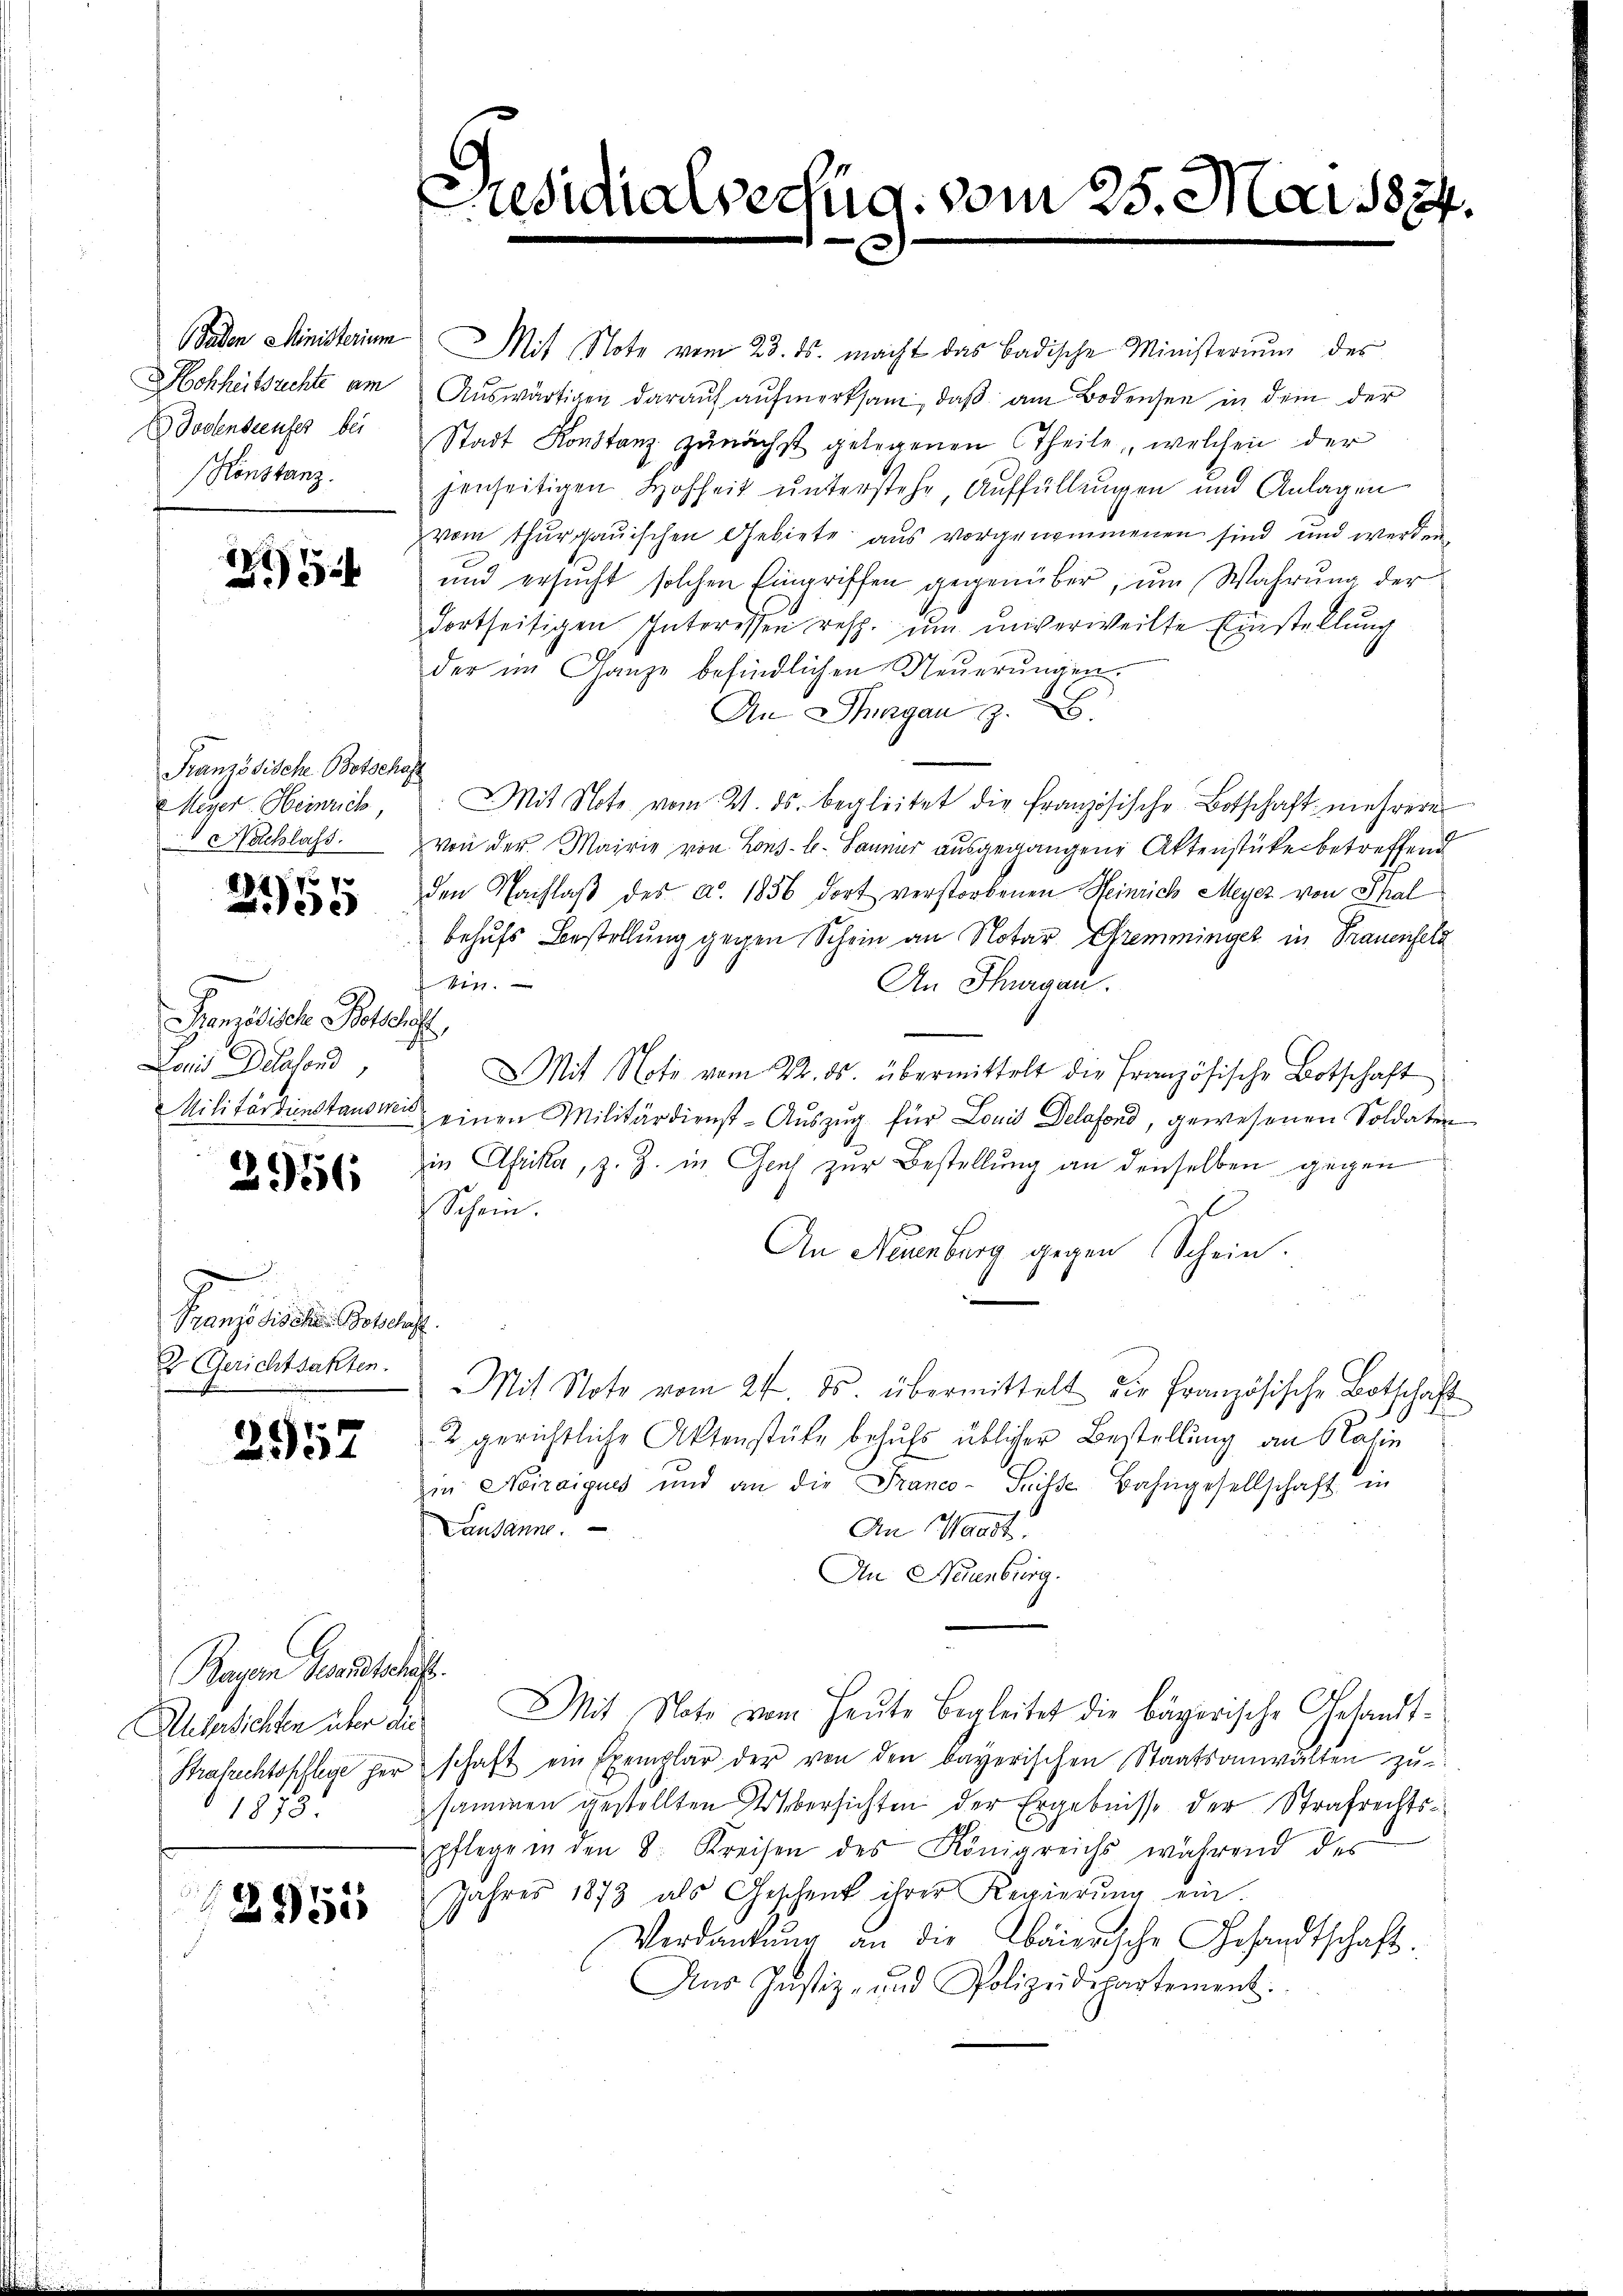
6 Faden Ministerium
HHohheitsrechte am
Sodenseeufer bei
Konstanz.

8)
5

Französische Botsche
Meyer Heinrich,
 Nachlass.

777
e

Pensische Bote
Lois Delesend,
Militärdienstauswe

2956

Französischen Belehr
2 (Gerichtsakten.

2957

Bayern Gesandtschaft.
1873.

12955

Mit Note vom 23. ds. macht das Badische Ministerium des
Auswärtigen darauf aufmerksam, daß am Bodensee in dem der
Stadt Konstanz zŭnächst gelegenen Theile, welchen der
jenseitigen Hohheit unterstehe, Auffüllungen und Anlagen
vom thurgauischen Gebiete aus vorgenommenen sind und werden
und ersucht solchen Eingriffen gegenüber, um Wahrung der
dortseitigen Interessen resp. um unverweilte Einstellung
der im Ganze befindlichen Neuerungen.
An Thurgau z. B.
2
Mit Note vom 21. ds. begleitet die Französische Botschaft mehrere
von der Mairie von Lons- u. Jänner ausgegangene Aktenstücke betreffend
den Nachlaβ des a. 1856 dort verstorbenen Heinrich Meyer von Thal
behufs Bestellung gegen Schein an Notar Kremminger in Trauensetz
ein.
An Thurgau.
ich
Mit Note vom 22. ds. übermittelt die Französische Botschaft
einen Militärdienst-Auszug für Louis Delafond, gewesenen Soldaten
in Afrika, z. Z. in Genf zur Bestellung an denselben gegen
Schein.
An Neuenburg gegen Schein.
Mit Note vom 24. ds. übermittelt die Französische Botschaft
2 gerichtliche Aktenstüke behufs üblicher Bestellung an Kasin
in Noiraigues und an die Franco- Tritte Bahngesellschaft in
Lausanne.
An Waadt.
An Neuenburg.
Uebersichten über die Mit Note vom Heute Begleitet die bägerische Gesandt¬
Brafrechtspflege her schaft ein Exemplar der von den bayerischen Staatsanwalten zŭ-
sammen gestellten Versichten der Ergebnisse der Strafrechtspflege in den 8. Kreisen des Königreichs während des
Jahres 1873 als Geschenk ihrer Regierŭng ein-
Verdankŭng an die baierische Gesandtschaft.
Aus Justiz- und Polizeidepartement.

Pnsidialvertig, vom 25. Mai 1874.